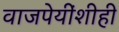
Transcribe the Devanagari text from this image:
वाजपेयींशीही